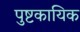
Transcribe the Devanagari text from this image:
पुष्टकायिक